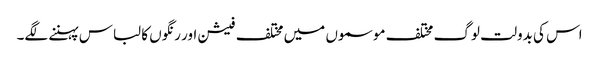
اس کی بدولت لوگ مختلف موسموں میں مختلف فیشن اور رنگوں کا لباس پہننے لگے۔